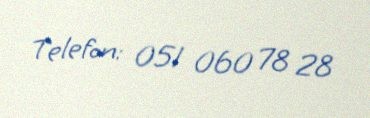
Telefon: 051 060 78 28